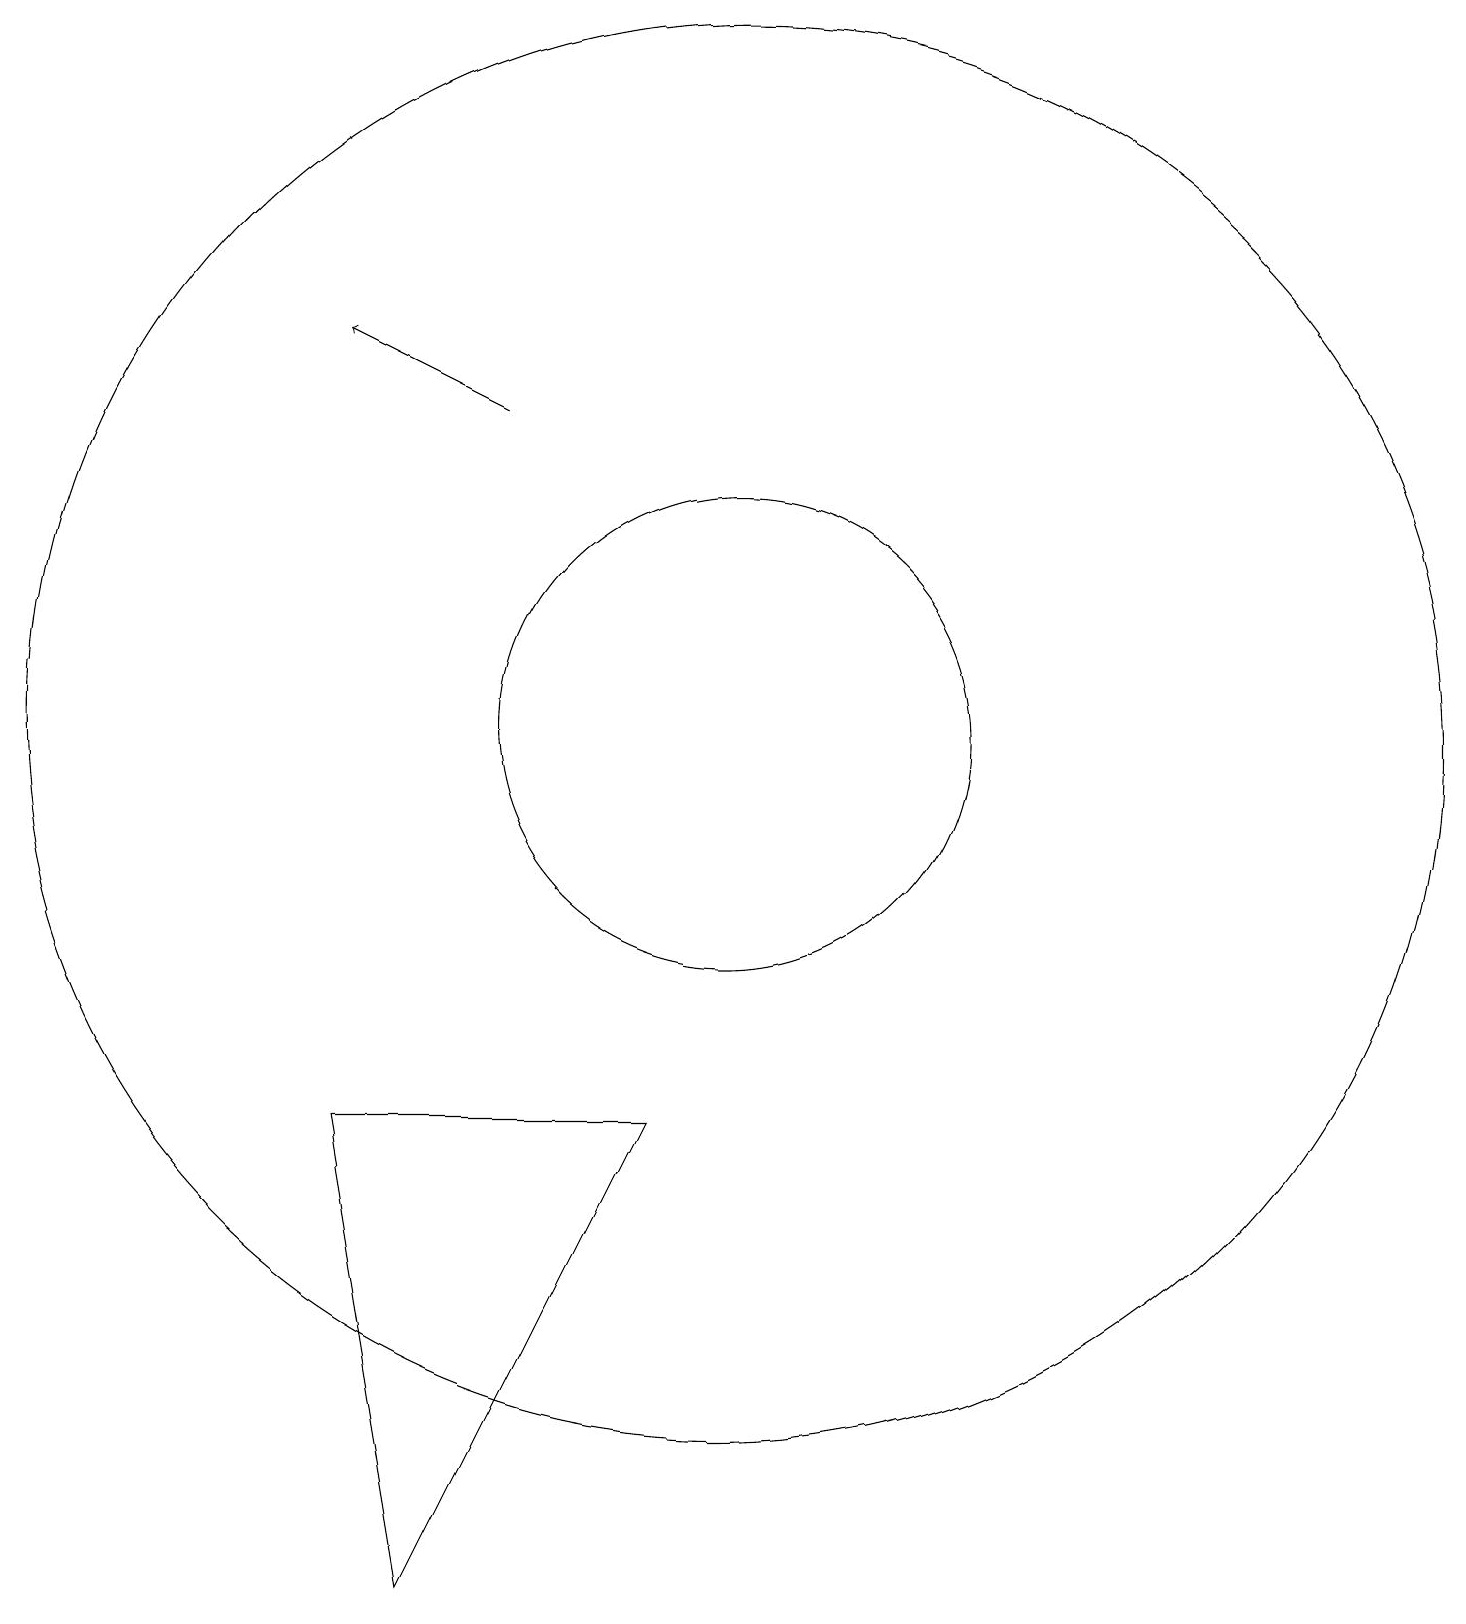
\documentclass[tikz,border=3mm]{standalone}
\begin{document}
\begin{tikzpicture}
\draw (10,11) circle (9);
\draw (7,18) rectangle (7,18);
\draw (10,11) circle (3);
\draw[->] (7,15) -- (5,16);
\draw (6,0) -- (5,6) -- (9,6) -- cycle;
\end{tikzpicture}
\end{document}